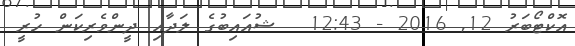
އޮކްޓޯބަރު 12